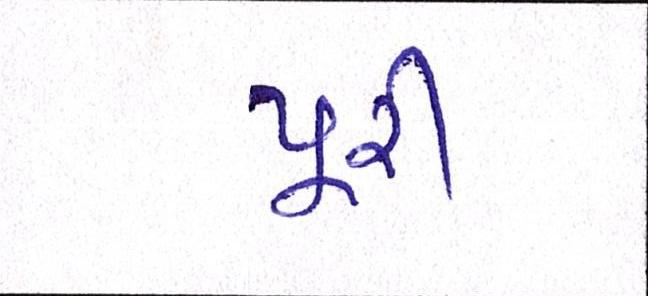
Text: પૂરી